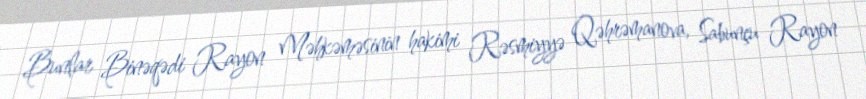
Bunlar Binəqədi Rayon Məhkəməsinin hakimi Rəsmiyyə Qəhrəmanova, Sabunçu Rayon